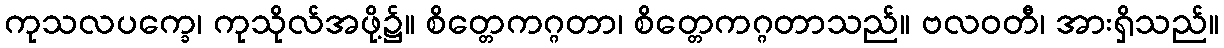
ကုသလပက္ခေ၊ ကုသိုလ်အဖို့၌။ စိတ္တေကဂ္ဂတာ၊ စိတ္တေကဂ္ဂတာသည်။ ဗလဝတီ၊ အားရှိသည်။